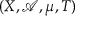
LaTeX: ( X , { \mathcal { A } } , \mu , T )